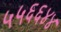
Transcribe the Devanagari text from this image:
५५६६४४